Punjab Mental Hospital Lahore 1922-31 - 1922-1931
Year: 1922
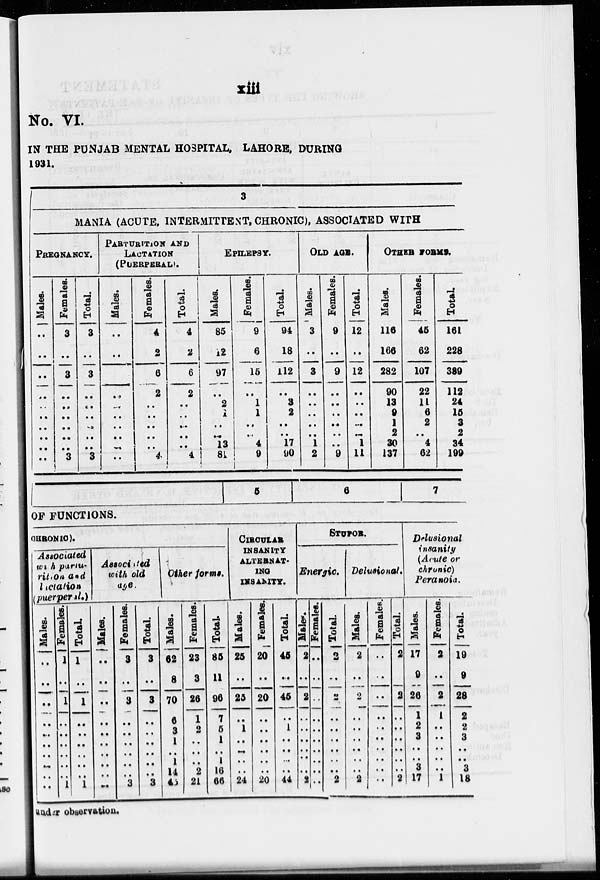
xiii
No. VI.
IN THE PUNJAB MENTAL HOSPITAL, LAHORE, DURING
1931.
3
MANIA (ACUTE, INTERMITTENT, CHRONIC), ASSOCIATED WITH
PREGNANCY.
Males.
..
..
..
..
..
..
..
..
..
..
Females.
3
..
3
..
..
..
..
..
..
3
Total.
3
..
3
..
..
..
..
..
..
3
PARTURITION AND
LACTATION
(PUERPERAL).
Males.
..
..
..
..
..
..
..
..
..
..
Females.
4
2
6
2
..
..
..
..
..
4
Total.
4
2
6
2
..
..
..
..
..
4
EPILEPSY.
Males.
85
12
97
..
2
1
..
..
13
81
Females.
9
6
15
..
1
1
..
..
4
9
Total.
94
18
112
..
3
2
..
..
17
90
OLD AGE.
Males.
3
..
3
..
..
..
..
..
1
2
Females.
9
..
9
..
..
..
..
..
..
9
Total.
12
..
12
..
..
..
..
..
1
11
OTHER FORMS.
Males.
116
166
282
90
13
9
1
2
30
137
Females.
45
62
107
22
11
6
2
..
4
62
Total
161
228
389
112
24
15
3
2
34
199
5
6 7
OF FUNCTIONS.
CHRONIC).
Associated
with pariu-
rition and
lactation
(puerperal.)
Males.
..
..
..
..
..
..
..
..
..
..
Females.
1
..
1
..
..
..
..
..
..
1
Total
1
..
1
..
..
..
..
..
..
1
Associated
with old
age.
Males.
..
..
..
..
..
..
..
..
..
..
Females.
3
..
3
..
..
..
..
..
..
3
Total
3
..
3
..
..
..
..
..
..
3
Other forms.
Males.
62
8
70
6
3
1
..
1
14
45
Females.
23
3
26
1
2
..
..
..
2
21
Total.
85
11
96
7
5
1
..
1
16
66
CIRCULAR
INSANITY
ALTERNAT-
ING
INSANITY.
Males.
25
..
25
..
1
..
..
..
..
24
Females.
20
..
20
..
..
..
..
..
..
20
Total
45
..
45
..
1
..
..
..
..
44
STUPOR.
Energic.
Males.
2
..
2
..
..
..
..
..
..
2
Females.
..
..
..
..
..
..
..
..
..
..
Total.
2
..
2
..
..
..
..
..
..
2
Delusional.
Males.
2
..
2
..
..
..
..
..
..
2
Females.
..
..
..
..
..
..
..
..
..
..
Total
2
..
2
..
..
..
..
..
..
2
Delusional
insanity
(Acute or
chronic)
Peranoia.
Males.
17
9
26
1
2
3
..
..
3
17
Females.
2
..
2
1
..
..
..
..
..
1
Total.
19
9
28
2
2
3
..
..
3
18
under observation.